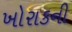
ખોરાકની